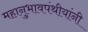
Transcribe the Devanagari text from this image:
महानुभावपंथीयांनी